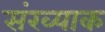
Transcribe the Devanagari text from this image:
संख्याक